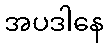
အပဒါနေ